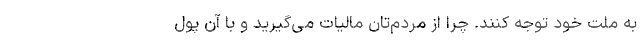
به ملت خود توجه کنند. چرا از مردم‌تان مالیات می‌گیرید و با آن پول